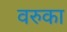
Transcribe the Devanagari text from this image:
वरुका